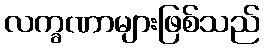
လက္ခဏာများဖြစ်သည်